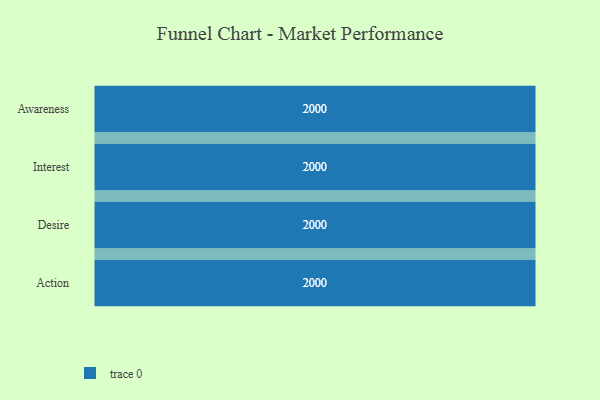
{"axis": {"x": "Stage", "y": "Value"}, "legend": [""], "data": [{"x": "Awareness", "y": 2000, "type": ""}, {"x": "Interest", "y": 2000, "type": ""}, {"x": "Desire", "y": 2000, "type": ""}, {"x": "Action", "y": 2000, "type": ""}]}